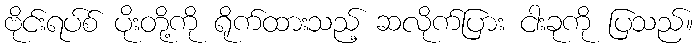
ဗိုင်းရပ်စ် ပိုးတို့ကို ရိုက်ထားသည့် ဆလိုက်ပြား ငါးခုကို ပြသည်။